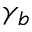
\gamma _ { b }